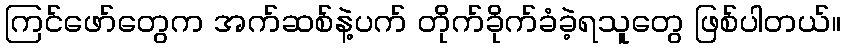
ကြင်ဖော်တွေက အက်ဆစ်နဲ့ပက် တိုက်ခိုက်ခံခဲ့ရသူတွေ ဖြစ်ပါတယ်။